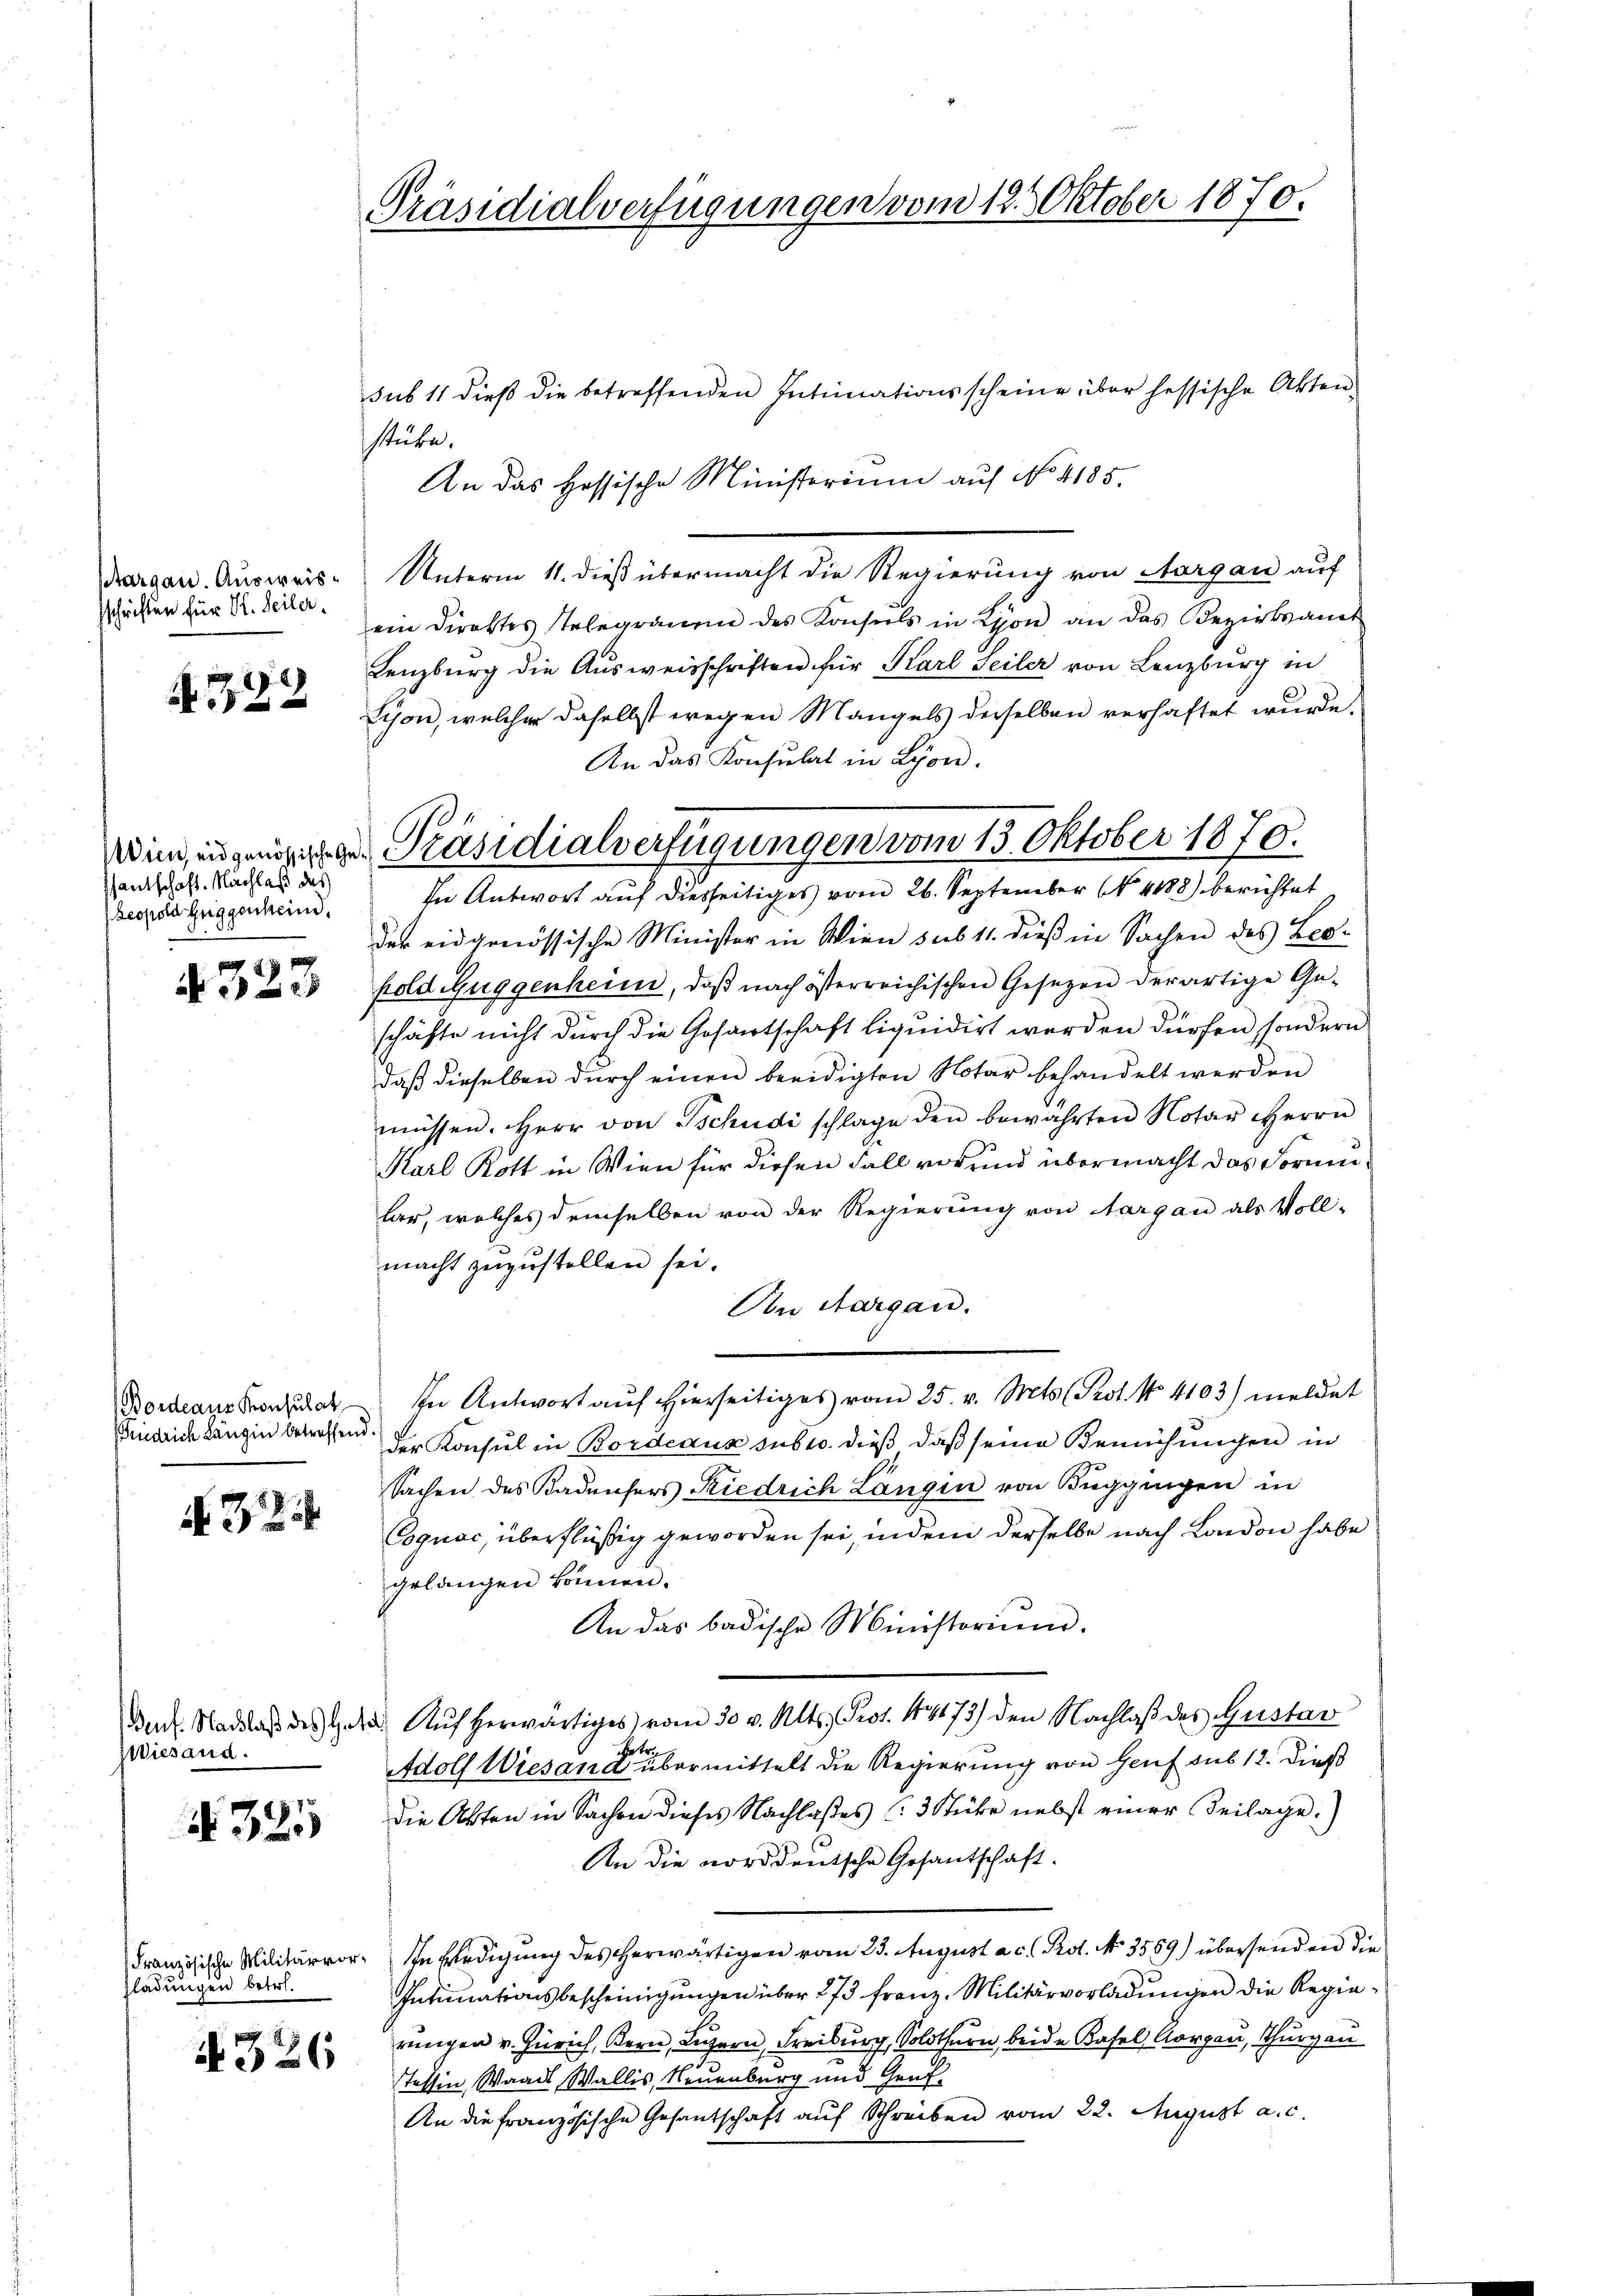
Aargau. Ausweissschriften für V. Seiter.

792

santschaft. Nachlaß das
Leopold Guggenheim.

a
N 523

N 32

Guf. Nachlaß des Hotel
Wiesand.

325

Französische Militärvorladungen betr.

N 326

Präsidialverfügungen vom 12. Oktober 1870.

Win, in genößig herr Präsidialverfügungen vom 13. Oktober 1870.
In Antwort auf diesseitiges vom 26. September No 4188) berichtet

sub 11 dieβ die betreffenden Intimationsscheine über hessische Akten.
stube.
An das Hassische Ministerium auf No 4185.
Unterm 11. dieß übermacht die Regierung von Aargau auf
ein Direktes Telegramm des Konseils in Lyon an das Bezirksamt
Lenzburg die Ausweisschriften für Karl Seiler von Lenzburg in
Sison, welcher daselbst wegen Mangels derselben verhaftet wurde.
An das Konsulat in Lyon.
der eidgenössische Minister in Wien sub 11. dieß in Sachen des Leohold Guggenheim, daß nach österreichischen Gesezen derartige Geschäfte nicht durch die Gesantschaft liquidirt werden dürfen, sondern
daß dieselben durch einen beeidigten Notar behandelt werden
müssen. Herr von Tschudi schlage den bewahrten Notar Herrn
Karl Rott in Wien für diesen Fall vor und übermacht das Formular, welches demselben von der Regierung von Aargau als Voll-
macht zuzustellen sei.
An Aargau.
Bordeaus Konzes in Antwort aŭf hierseitiges vom 25. v. Mts. Prot. No 4103) meldet
Einrich längen berechten der Konsul in Bordeaux sub u. dieß daß seine Bemühungen in
Sachen des Badensers Riedrich Langin von Buggingen in
Coquac, überflüßig geworden sei, indem derselbe nach London habe
gelangen können.
An das badische Ministorium.
Auf herwärtiges vom 30 v. Mts. Prot. 14173) den Nachlaß des Gustav
ueter
Adolf Wiesand übermittelt die Regierung von Genf sub 12. dieß
die Akten in Sachen dieses Nachlaßes (3 Stücke nebst einer Beilage)
An die norddeutsche Gesantschaft.
In Erledigung des Herwärtigen vom 25. August a. c. Prot. No. 3559) übersenden die
Intimationsbescheinigŭngen über 273 franz. Militärvorladungen die Regierungen v. Zürich, Bern, Luzern, Freiburg, Solothurn, beide Basel, Aargau, Thurgau
Tessin, Waadt Wallis, Neuenburg und Graf
An die französische Gesantschaft aŭf Schreiben vom 22. August a. c.